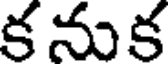
క నుక